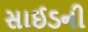
સાઈડની